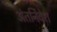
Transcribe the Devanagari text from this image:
अंतर्निवेश